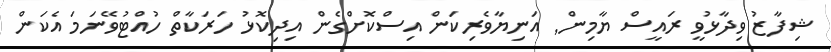
ޝިފާޒު ވިދާޅުވީ ރައީސް ޔާމިން